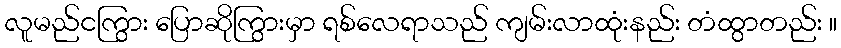
လူမည်ငကြွား ပြောဆိုကြွားမှာ ရစ်လေရာသည် ကျမ်းလာထုံးနည်း တံထွာတည်း ။